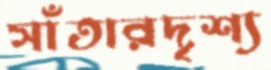
সাঁতারদৃশ্য